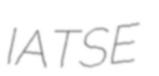
IATSE